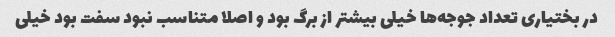
در بختیاری تعداد جوجه‌ها خیلی بیشتر از برگ بود و اصلا متناسب نبود سفت بود خیلی